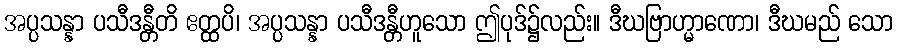
အပ္ပသန္နာ ပသီဒန္တီတိ ဧတ္ထပိ၊ အပ္ပသန္နာ ပသီဒန္တီဟူသော ဤပုဒ်၌လည်း။ ဒီဃဗြာဟ္မာဏော၊ ဒီဃမည် သော